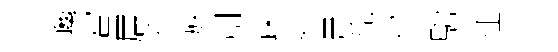
巉富居衽族創踈辉暈筍绍駒征